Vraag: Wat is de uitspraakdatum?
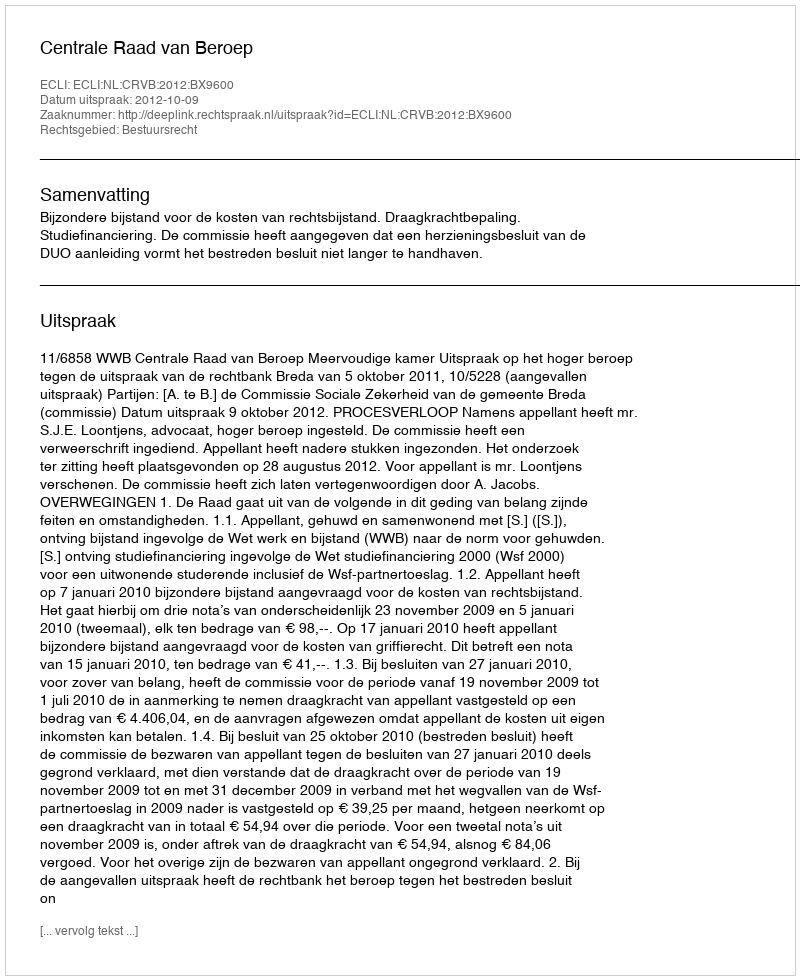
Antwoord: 2012-10-09